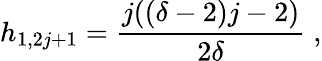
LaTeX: h_{1,2j+1}=\frac{j((\delta-2)j-2)}{2\delta}\; ,